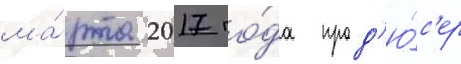
ма́рта 2017 го́да прод'ю́с'ер